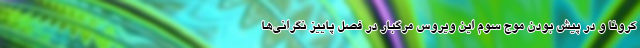
کرونا و در پیش بودن موج سوم این ویروس مرگبار در فصل پاییز نگرانی‌ها